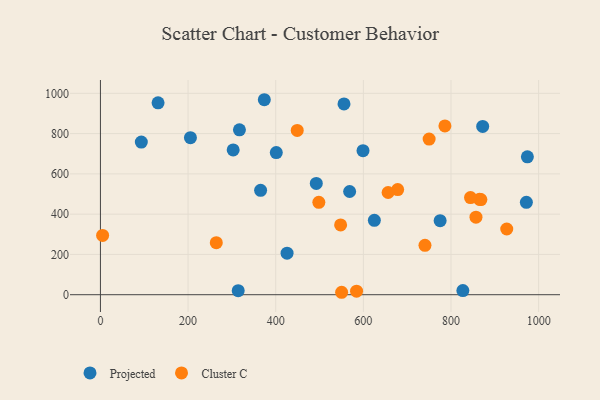
{"axis": {"x": "Speed", "y": "Yield"}, "legend": ["Cluster C", "Projected"], "data": [{"x": "625.1", "y": 369.6, "type": "Projected"}, {"x": "492.6", "y": 552.8, "type": "Projected"}, {"x": "374.0", "y": 968.2, "type": "Projected"}, {"x": "317.2", "y": 818.8, "type": "Projected"}, {"x": "205.4", "y": 779.9, "type": "Projected"}, {"x": "425.9", "y": 206.3, "type": "Projected"}, {"x": "568.7", "y": 512.4, "type": "Projected"}, {"x": "314.4", "y": 20.2, "type": "Projected"}, {"x": "131.5", "y": 952.7, "type": "Projected"}, {"x": "974.3", "y": 684.9, "type": "Projected"}, {"x": "972.0", "y": 458.8, "type": "Projected"}, {"x": "555.8", "y": 947.2, "type": "Projected"}, {"x": "93.3", "y": 758.1, "type": "Projected"}, {"x": "599.2", "y": 715.1, "type": "Projected"}, {"x": "827.1", "y": 20.7, "type": "Projected"}, {"x": "302.9", "y": 718.9, "type": "Projected"}, {"x": "775.2", "y": 367.6, "type": "Projected"}, {"x": "401.3", "y": 705.9, "type": "Projected"}, {"x": "872.3", "y": 835.5, "type": "Projected"}, {"x": "365.5", "y": 518.5, "type": "Projected"}, {"x": "5.0", "y": 294.6, "type": "Cluster C"}, {"x": "584.5", "y": 17.5, "type": "Cluster C"}, {"x": "264.4", "y": 258.4, "type": "Cluster C"}, {"x": "548.1", "y": 346.7, "type": "Cluster C"}, {"x": "449.1", "y": 815.8, "type": "Cluster C"}, {"x": "865.2", "y": 473.4, "type": "Cluster C"}, {"x": "740.6", "y": 245.1, "type": "Cluster C"}, {"x": "927.2", "y": 326.4, "type": "Cluster C"}, {"x": "857.0", "y": 385.2, "type": "Cluster C"}, {"x": "868.2", "y": 472.5, "type": "Cluster C"}, {"x": "550.4", "y": 12.1, "type": "Cluster C"}, {"x": "678.3", "y": 521.9, "type": "Cluster C"}, {"x": "750.1", "y": 772.7, "type": "Cluster C"}, {"x": "656.5", "y": 507.6, "type": "Cluster C"}, {"x": "786.1", "y": 838.3, "type": "Cluster C"}, {"x": "498.4", "y": 458.6, "type": "Cluster C"}, {"x": "844.5", "y": 482.3, "type": "Cluster C"}]}